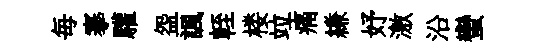
毎搴驩盌諷輊楼竝痛縑妤激沿蠻